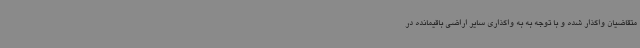
متقاضیان واگذار شده و با توجه به به واگذاری سایر اراضی باقیمانده در